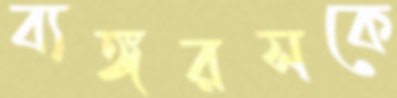
ব্যঙ্গরসকে